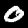
Digit: 0